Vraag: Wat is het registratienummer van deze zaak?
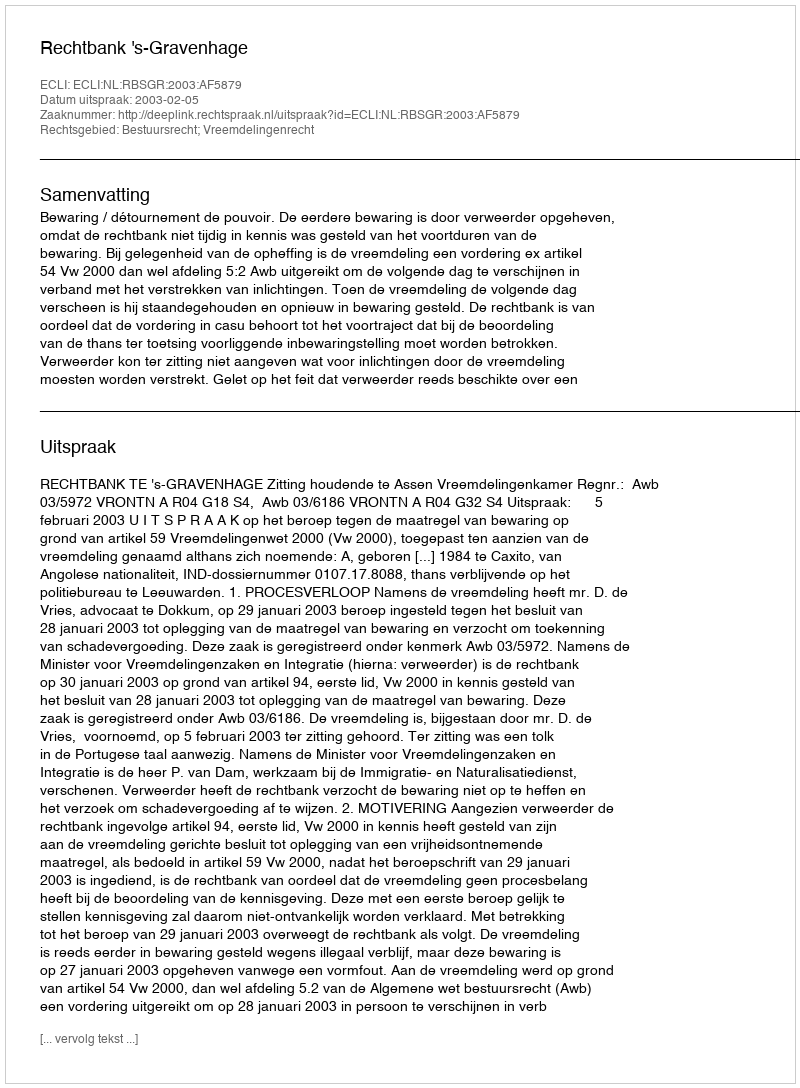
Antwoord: http://deeplink.rechtspraak.nl/uitspraak?id=ECLI:NL:RBSGR:2003:AF5879